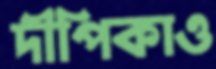
দীপিকাও